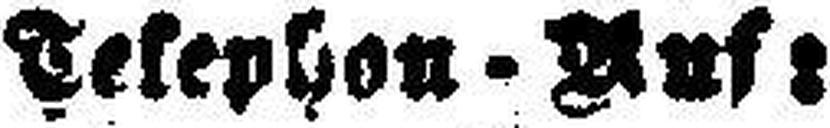
Telephon - Auf: